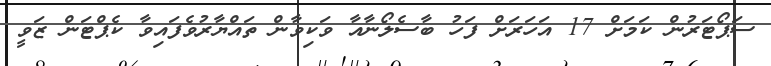
ސަޕޯޓަރުން ކަމަށް 17 އަހަރަށް ފަހު ބާސެލޯނާއާ ވަކިވާން ތައްޔާރުވެފައިވާ ކެޕްޓަން ޒަވީ